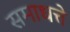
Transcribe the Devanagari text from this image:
समाधत्ते